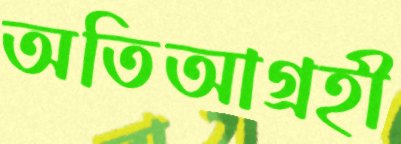
অতিআগ্রহী